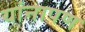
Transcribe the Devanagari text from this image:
यांनापण